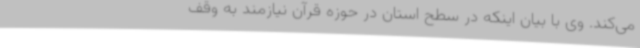
می‌کند. وی با بیان اینکه در سطح استان در حوزه قرآن نیازمند به وقف